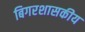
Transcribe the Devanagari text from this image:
बिगरशासकीय